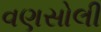
વણસોલી